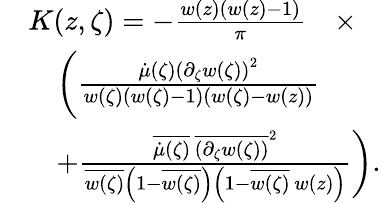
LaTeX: \begin{array}{rl}&{K(z,\zeta)=-\frac{w(z)\left(w(z)-1\right)}{\pi}\quad\times}\\ &{\quad\bigg(\frac{\dot{\mu}(\zeta)\left(\partial_{\zeta}w(\zeta)\right)^{2}}{w(\zeta)\left(w(\zeta)-1\right)\left(w(\zeta)-w(z)\right)}}\\ &{\quad+\frac{\overline{{\dot{\mu}(\zeta)}}\, \overline{{\left(\partial_{\zeta}w(\zeta)\right)}}^{2}}{\overline{{w(\zeta)}}\left(1-\overline{{w(\zeta)}}\right)\left(1-\overline{{w(\zeta)}}\, w(z)\right)}\bigg).}\end{array}